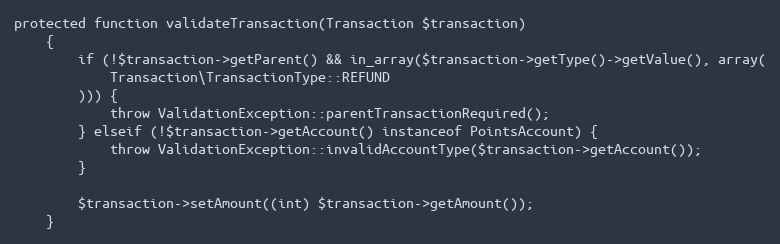
Language: PHP
protected function validateTransaction(Transaction $transaction)
    {
        if (!$transaction->getParent() && in_array($transaction->getType()->getValue(), array(
            Transaction\TransactionType::REFUND
        ))) {
            throw ValidationException::parentTransactionRequired();
        } elseif (!$transaction->getAccount() instanceof PointsAccount) {
            throw ValidationException::invalidAccountType($transaction->getAccount());
        }

        $transaction->setAmount((int) $transaction->getAmount());
    }